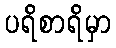
ပရိစာရိမှာ